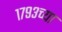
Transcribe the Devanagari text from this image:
१७९३च्या